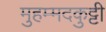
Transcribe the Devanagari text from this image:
मुहम्मदकुट्टी